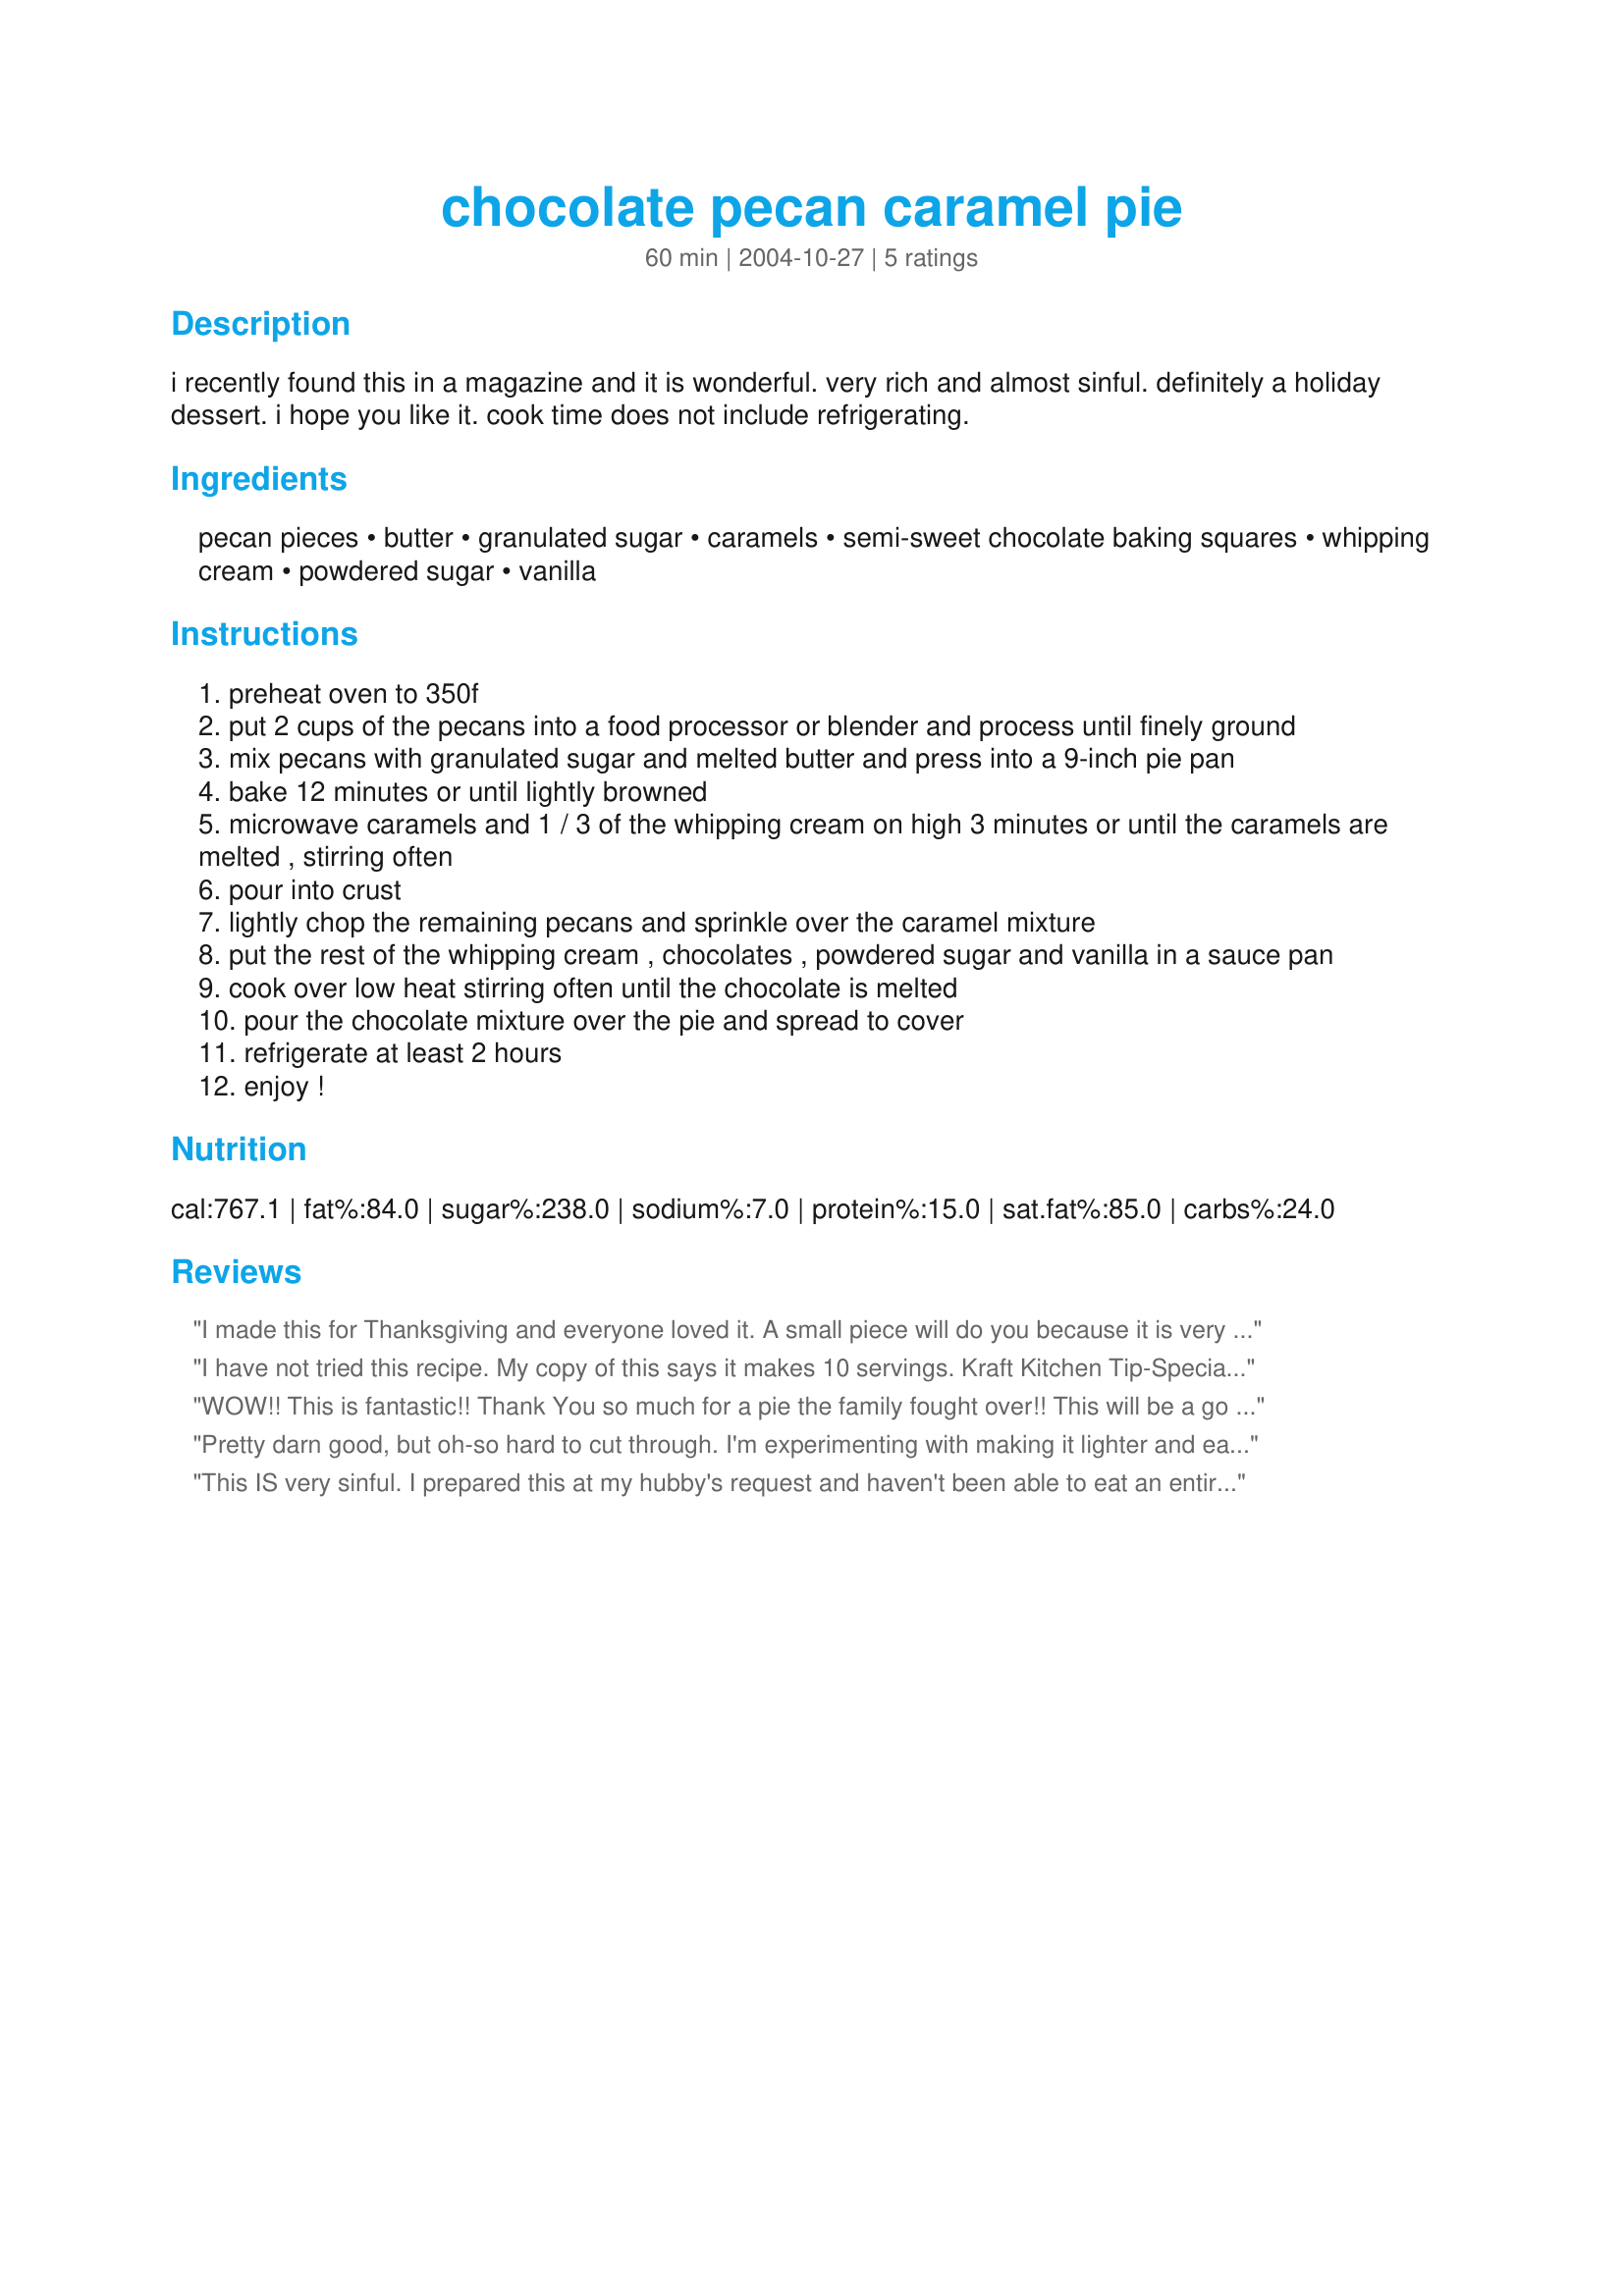
chocolate pecan caramel pie
Preparation time: 60 minutes

i recently found this in a magazine and it is wonderful. very rich and almost sinful. definitely a holiday dessert. i hope you like it. cook time does not include refrigerating.

Ingredients:
pecan pieces, butter, granulated sugar, caramels, semi-sweet chocolate baking squares, whipping cream, powdered sugar, vanilla

Steps:
preheat oven to 350f
put 2 cups of the pecans into a food processor or blender and process until finely ground
mix pecans with granulated sugar and melted butter and press into a 9-inch pie pan
bake 12 minutes or until lightly browned
microwave caramels and 1 / 3 of the whipping cream on high 3 minutes or until the caramels are melted , stirring often
pour into crust
lightly chop the remaining pecans and sprinkle over the caramel mixture
put the rest of the whipping cream , chocolates , powdered sugar and vanilla in a sauce pan
cook over low heat stirring often until the chocolate is melted
pour the chocolate mixture over the pie and spread to cover
refrigerate at least 2 hours
enjoy !

Reviews:
I made this for Thanksgiving and everyone loved it. A small piece will do you because it is very rich. I'll be making this again!
I have not tried this recipe. My copy of this says it makes 10 servings. Kraft Kitchen Tip-Special Extra: Just before serving, top each serving with 2 Tbsp. thawed cool whip or cool whip french vanilla whipped topping. Thanks for posting. Christine (internetnut)
WOW!! This is fantastic!!
Thank You so much for a pie the family fought over!! This will
be a go to recipe each year
for Thanksgiving. Thank You!!
Pretty darn good, but oh-so hard to cut through. I'm experimenting with making it lighter and easier to cut.
This IS very sinful. I prepared this at my hubby's request and haven't been able to eat an entire slice by myself. It is THAT rich. Hubby loved it, though. The prep was simple, but the workout to loose the pounds put on just by looking at it will be rough. LOL Thanks for posting.
